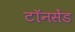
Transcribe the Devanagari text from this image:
टॉनसेंड